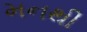
મનથી